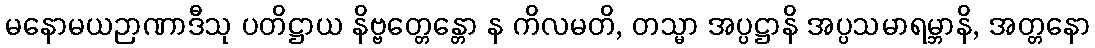
မနောမယဉာဏာဒီသု ပတိဋ္ဌာယ နိဗ္ဗတ္တေန္တော န ကိလမတိ, တသ္မာ အပ္ပဋ္ဌာနိ အပ္ပသမာရမ္ဘာနိ, အတ္တနော